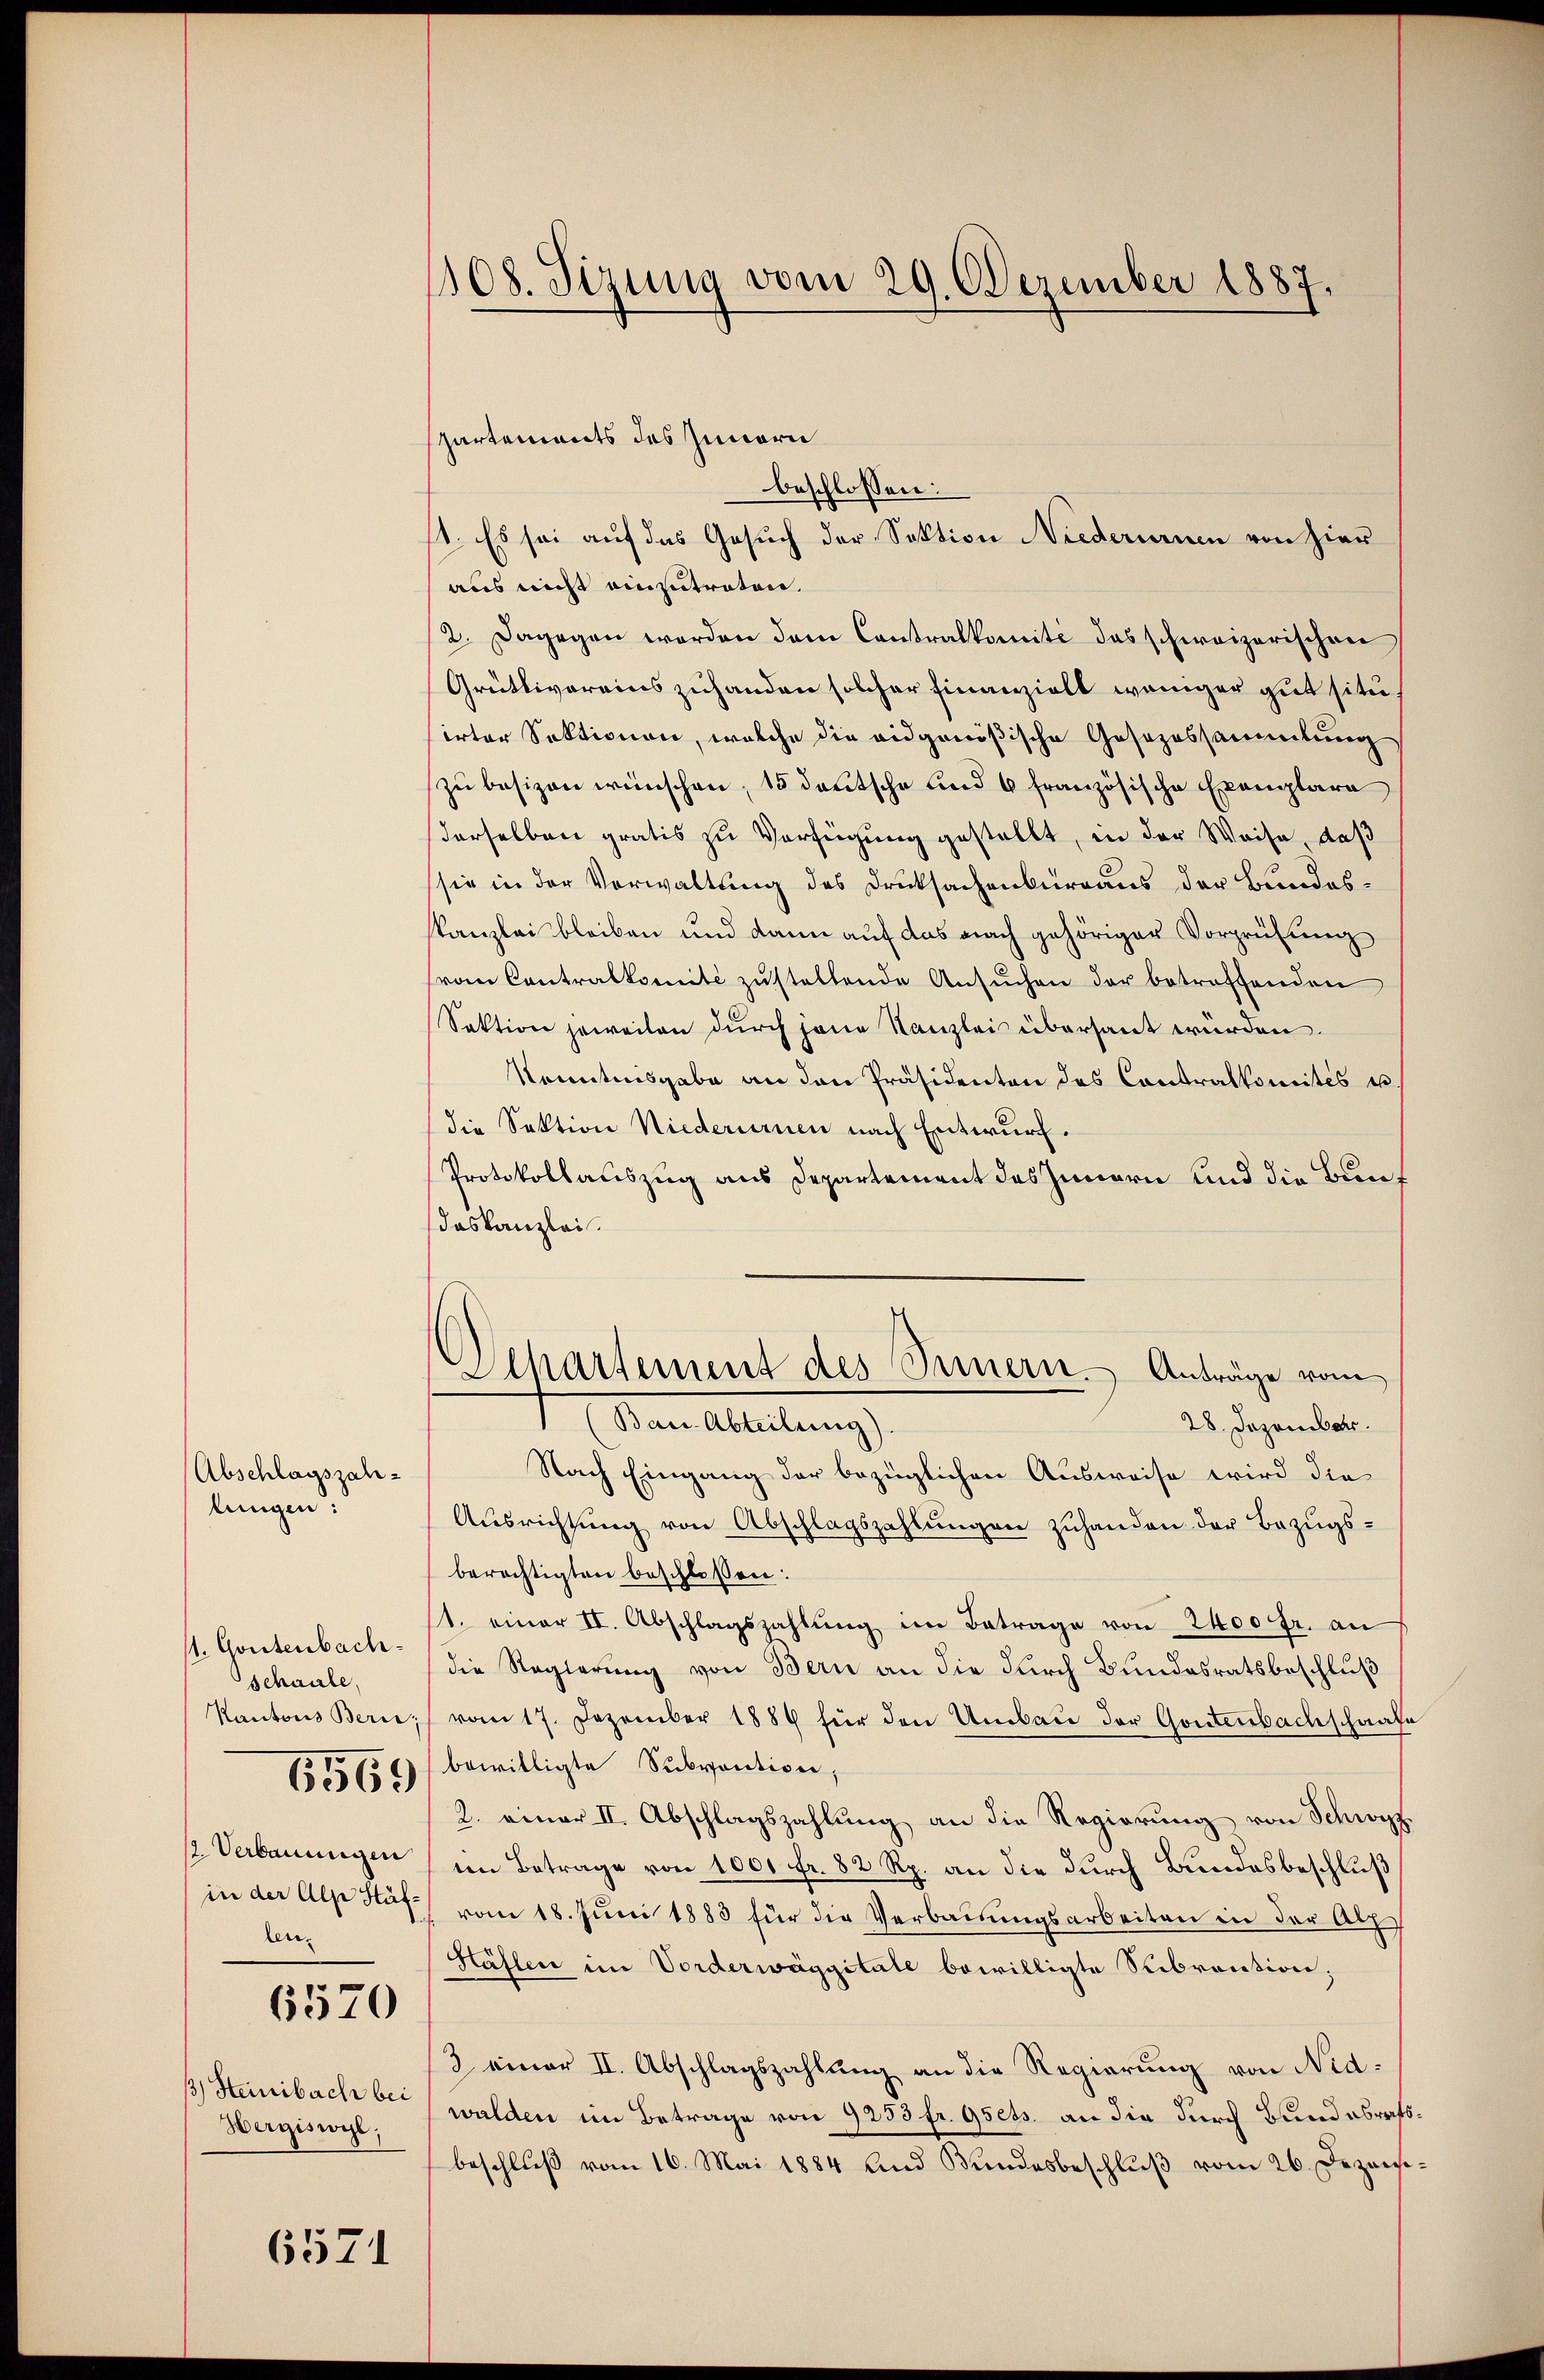
Abschlagszahlungen:

1. Gontenbach
schaule,
Kantons Berie

6569

12. Verbauungen
in der Alp Stäf
len¬

6570

) Steinbach be¬
Hergiswyl,

6571

1108. Sizung vom 29. Dezember 1887.

partements des Innern
beschlossen:
1. Es sei auf das Gesuch der Sektion Niederurnen von hier
aus nicht einzutreten.
2. Dagegen worden dem Contralkomité das schweizerischen
Grütlivereins zuhanden solcher Finanzielt weniger gut situsirter Sektionen, welche die eidgenößische Gesezessammlung
zu besizen wünschen, 15 deutsche und 6 französische Exemplare
derselben gratis zu Verfügung gestellt, in der Weise, daß
(sie in der Verwaltung des Druksachenbureaus der Bundesskanzlei bleiben und dann auf das nach gehöriger Vorprüfung
(vom Contralkomité zustellende Ansuchen der betreffenden
Sektion jeweilen durch jene Kanzlei übersaut würden.
Kenntnisgabe an den Präsidenten des Contralkomites u.
die Sektion Niederurnen nach Entwurf.
Protokollauszug aus Departement des Innern und die Bundaskanzlei.
Departement des Innern. Anträge vom
I Den Alleitung
28. Dezember.
Nach Eingang der bezüglichen Ausweise wird die
Ausrichtung von Abschlagszahlungen zuhanden der Bezugsberechtigten beschlossen:
1. einer II. Abschlagszahlŭng im Betrage von 2400 fr. an
die Regierung von Bern an die durch Bundesratsbeschluß
vom 17. Dezember 1884 für den Umbau der Gontenbachschaafe
bewilligte Subvention,
2. einer II. Abschlagszahlung an die Regierung von Schwyf
im Betrage von 1001 fr. 82 Rp. an die durch Bundesbeschluß
(vom 18. Juni 1883 für die Verbauungsarbeiten in der Abz
Hählen im Vorderwäggitate bewilligte Subrention;
3 einer II. Abschlagszahlung an die Regierung von Nidwalden im Betrage von 9253 fr. Gsets. an die durch Bund abratsbeschlŭβ vom 16. Mai 1884 und Bŭndesbeschlŭβ vom 26. Dezem¬